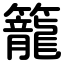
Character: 籠